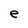
Character: e